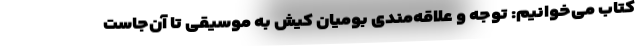
کتاب می‌خوانیم: توجه و علاقه‌مندی بومیان کیش به موسیقی تا آن‌جاست